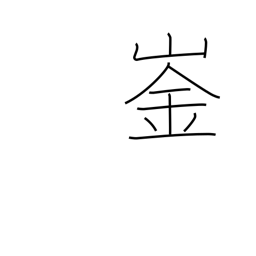
Meaning: peak